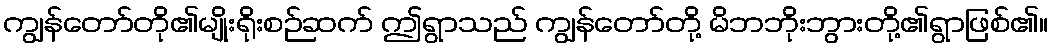
ကျွန်တော်တို၏မျိုးရိုးစဉ်ဆက် ဤရွာသည် ကျွန်တော်တို့ မိဘဘိုးဘွားတို့၏ရွာဖြစ်၏။